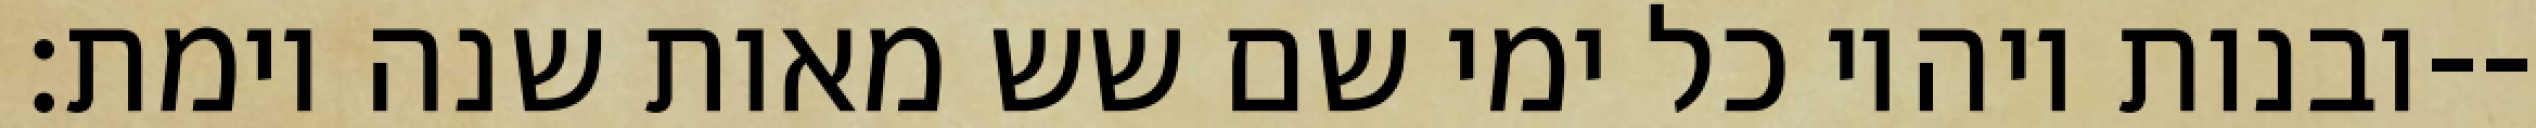
ובנות ויהיו כל ימי שם שש מאות שנה וימת׃--